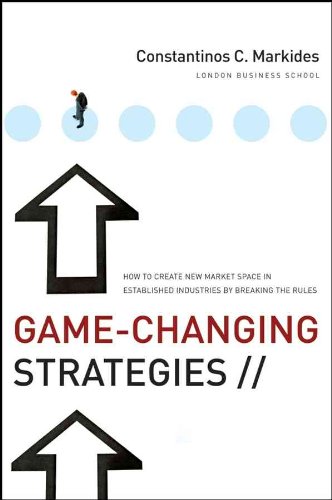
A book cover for Game-Changing Strategies: How to Create New Market Space in Established Industries by Breaking the Rules; Constantinos C. Markides; Business & Money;